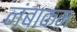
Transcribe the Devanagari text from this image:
नंबाकम